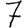
Digit: 7